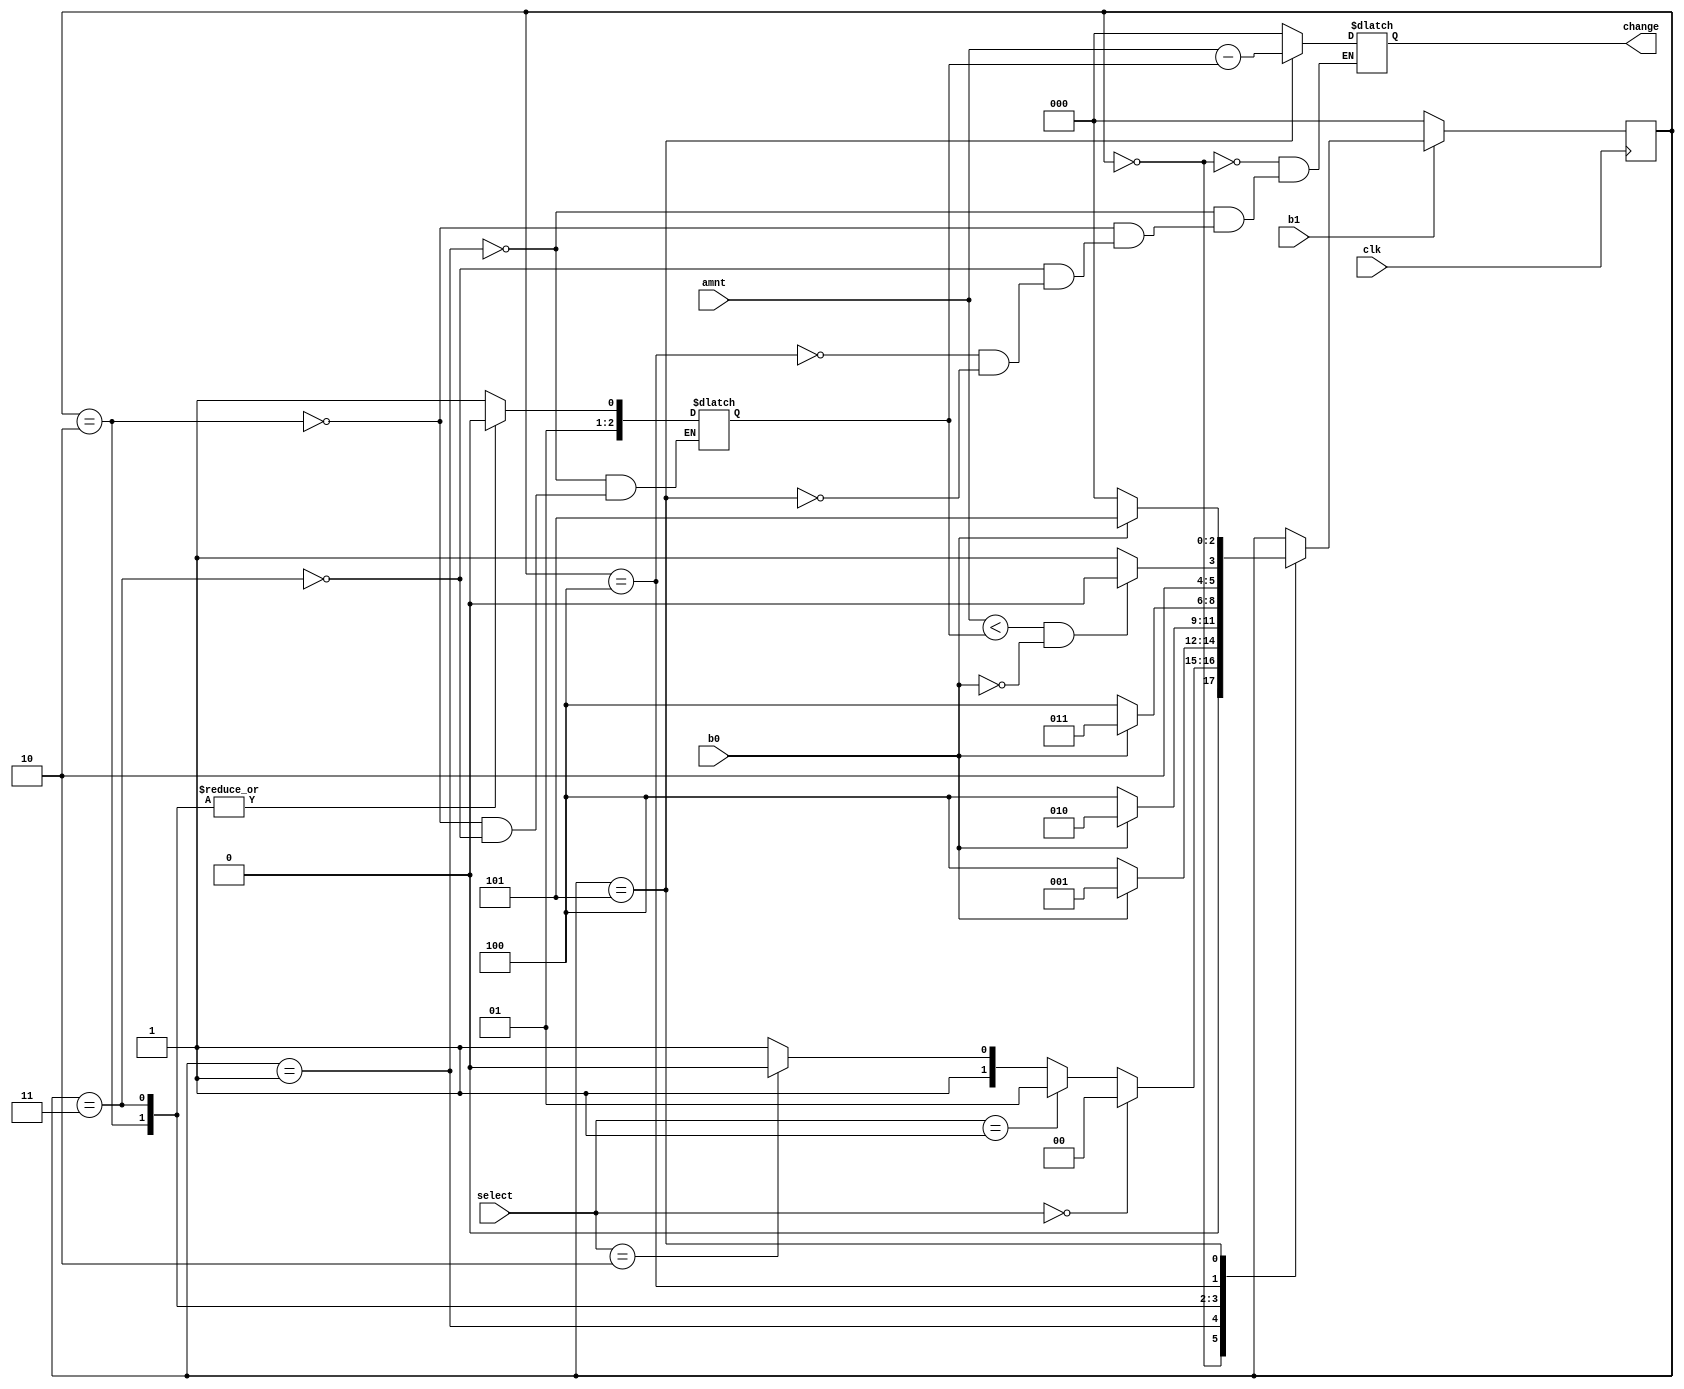
module vending_machine(change, amnt, select, b0, b1, clk);

input b1, b0, clk;
input [2:0] select;
input [2:0] amnt;


output reg [2:0] change;

reg [2:0] price;
reg [2:0] nx_state, pr_state;
parameter SELECT = 3'b000, DRINK = 3'b001, CHIPS = 3'b010, CHOCOLATE = 3'b011, INSERT = 3'b100, AMT_DUE = 3'b101;

initial begin
	pr_state = SELECT;
end

always @(posedge clk)
begin
	if(b1 == 0)begin
		pr_state <= SELECT;
	end else begin
		pr_state <= nx_state;
	end
	
end
		

		
always @(select,b0)
begin

		case(pr_state)
			SELECT:
				begin
				change <= 3'b000;
				nx_state <= (select == 3'b000 ? SELECT:(select == 3'b001 ? DRINK : (select == 3'b010 ? CHIPS : CHOCOLATE )));
				end
			DRINK:
				begin
				change <= 3'b000;
				nx_state <= (b0 == 0 ? INSERT : DRINK);
				price <=  3'b011;
				end
			CHIPS:
				begin
				change <= 3'b000;
				nx_state <= (b0 ==0 ? INSERT : CHIPS);
				price <=  3'b010;
				end
			CHOCOLATE:
				begin
				change <= 3'b000;
				nx_state <= (b0 == 0 ? INSERT : CHOCOLATE);
				price <=  3'b010;
				end
			INSERT:
				begin
				change <= 3'b000;
				nx_state <= (amnt<price && ~b0 ? INSERT:AMT_DUE);
				end
			AMT_DUE:
				begin
				change <= amnt - price;
				nx_state <= (~b0 ? SELECT: AMT_DUE);
				end
			default : nx_state <= pr_state;
	
		endcase
end



/*always @(pr_state)
begin
	case(pr_state)
			SELECT:
				change <= 0;
			DRINK:
				change <= 0;
			CHIPS:
				change <= 0;
			CHOCOLATE:
				change <= 0;
			INSERT:
				change <= 0;
			CHANGE:
				change <= amnt - price;
	endcase
end*/

endmodule